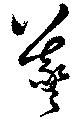
羲